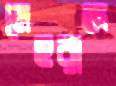
মেহরাজ